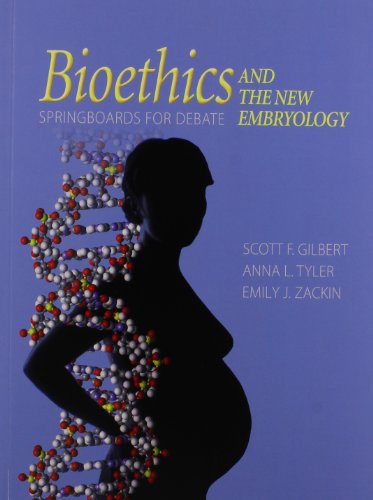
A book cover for Bioethics and the New Embryology: Springboards for Debate; Scott Gilbert; Medical Books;